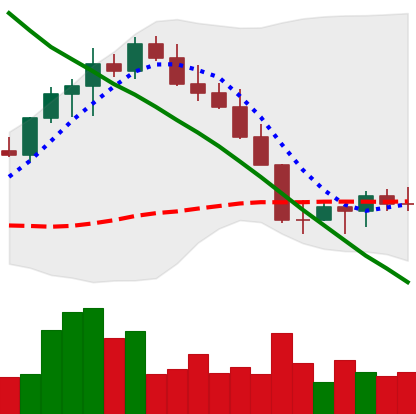
Ticker: LINK-USD
Chart end date: 2022-08-25
Forward return: -8.083%
Label: down_7plus